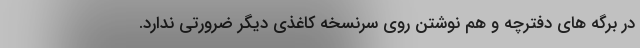
در برگه های دفترچه و هم نوشتن روی سرنسخه کاغذی دیگر ضرورتی ندارد.